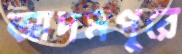
আদমপুরে